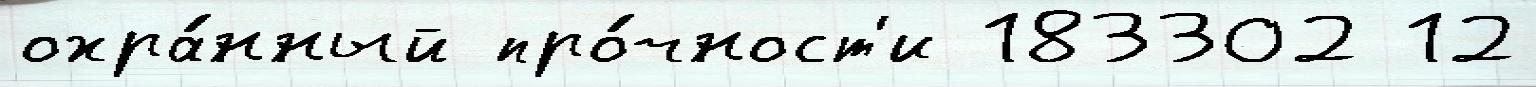
охра́нный про́чност'и 183302 12